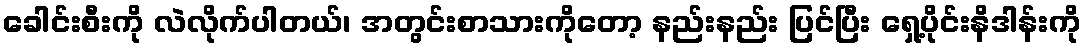
ခေါင်းစီးကို လဲလိုက်ပါတယ်၊ အတွင်းစာသားကိုတော့ နည်းနည်း ပြင်ပြီး ရှေ့ပိုင်းနိဒါန်းကို